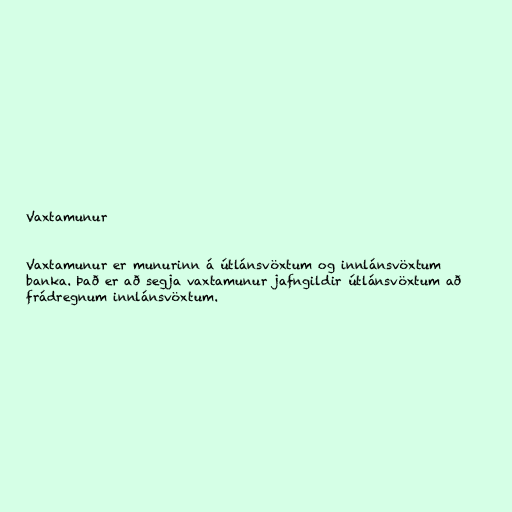
Vaxtamunur

Vaxtamunur er munurinn á útlánsvöxtum og innlánsvöxtum
banka. Það er að segja vaxtamunur jafngildir útlánsvöxtum að
frádregnum innlánsvöxtum.